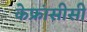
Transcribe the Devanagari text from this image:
केफ्रांसीसी